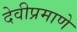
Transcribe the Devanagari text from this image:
देवीप्रमाणे